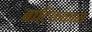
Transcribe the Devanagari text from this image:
बाटिककाम